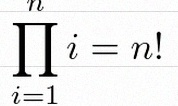
\prod_{i=1}^{n}i=n!